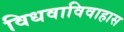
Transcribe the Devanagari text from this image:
विधवाविवाहास